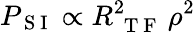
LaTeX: P_{\mathrm{~S~I~}}\propto R_{\mathrm{~{~T~F~}~}}^{2}\rho^{2}